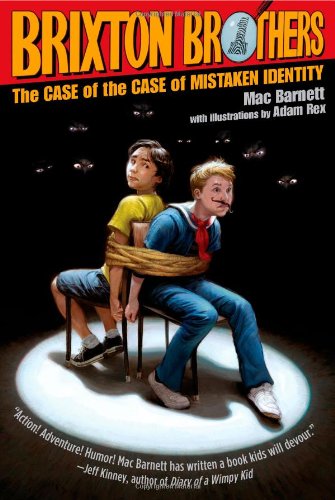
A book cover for The Case of the Case of Mistaken Identity (Brixton Brothers); Mac Barnett; Children's Books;